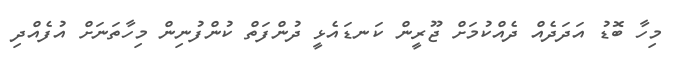
މިހާ ބޮޑު އަދަދެއް ދެއްކުމަށް ޖޫރީން ކަނޑައެޅީ ދުންފަތް ކުންފުނިން މިހާތަނަށް އުފެއްދި